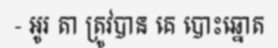
- អូរ តា ត្រូវបាន គេ បោះឆ្នោត